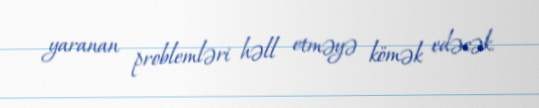
yaranan problemləri həll etməyə kömək edəcək.